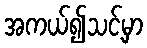
အကယ်၍သင့်မှာ